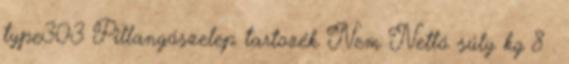
type303 Pillangószelep tartozék Nem Nettó súly kg 8 .